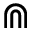
\Cap